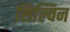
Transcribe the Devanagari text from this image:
सिल्विन